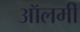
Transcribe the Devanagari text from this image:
ऑलमी